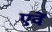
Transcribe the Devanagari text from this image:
एवें